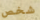
شخص